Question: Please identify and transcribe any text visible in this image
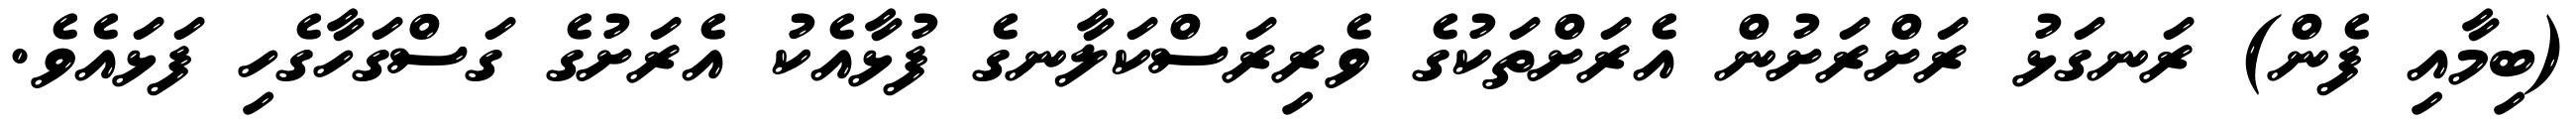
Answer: (ބިމާއި ފެން) ރަނގަޅު ރަށްރަށުން އެރަށްތަކުގެ ވެރިރަސްކަލާނގެ ފުޅާއެކު އެރަށުގެ ގަސްގަހާގެހި ފަޅައެވެ.